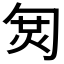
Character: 𠣦